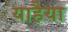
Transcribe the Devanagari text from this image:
याहैया